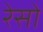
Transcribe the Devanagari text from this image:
रेसो